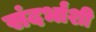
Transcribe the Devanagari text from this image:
संदर्भांंशी